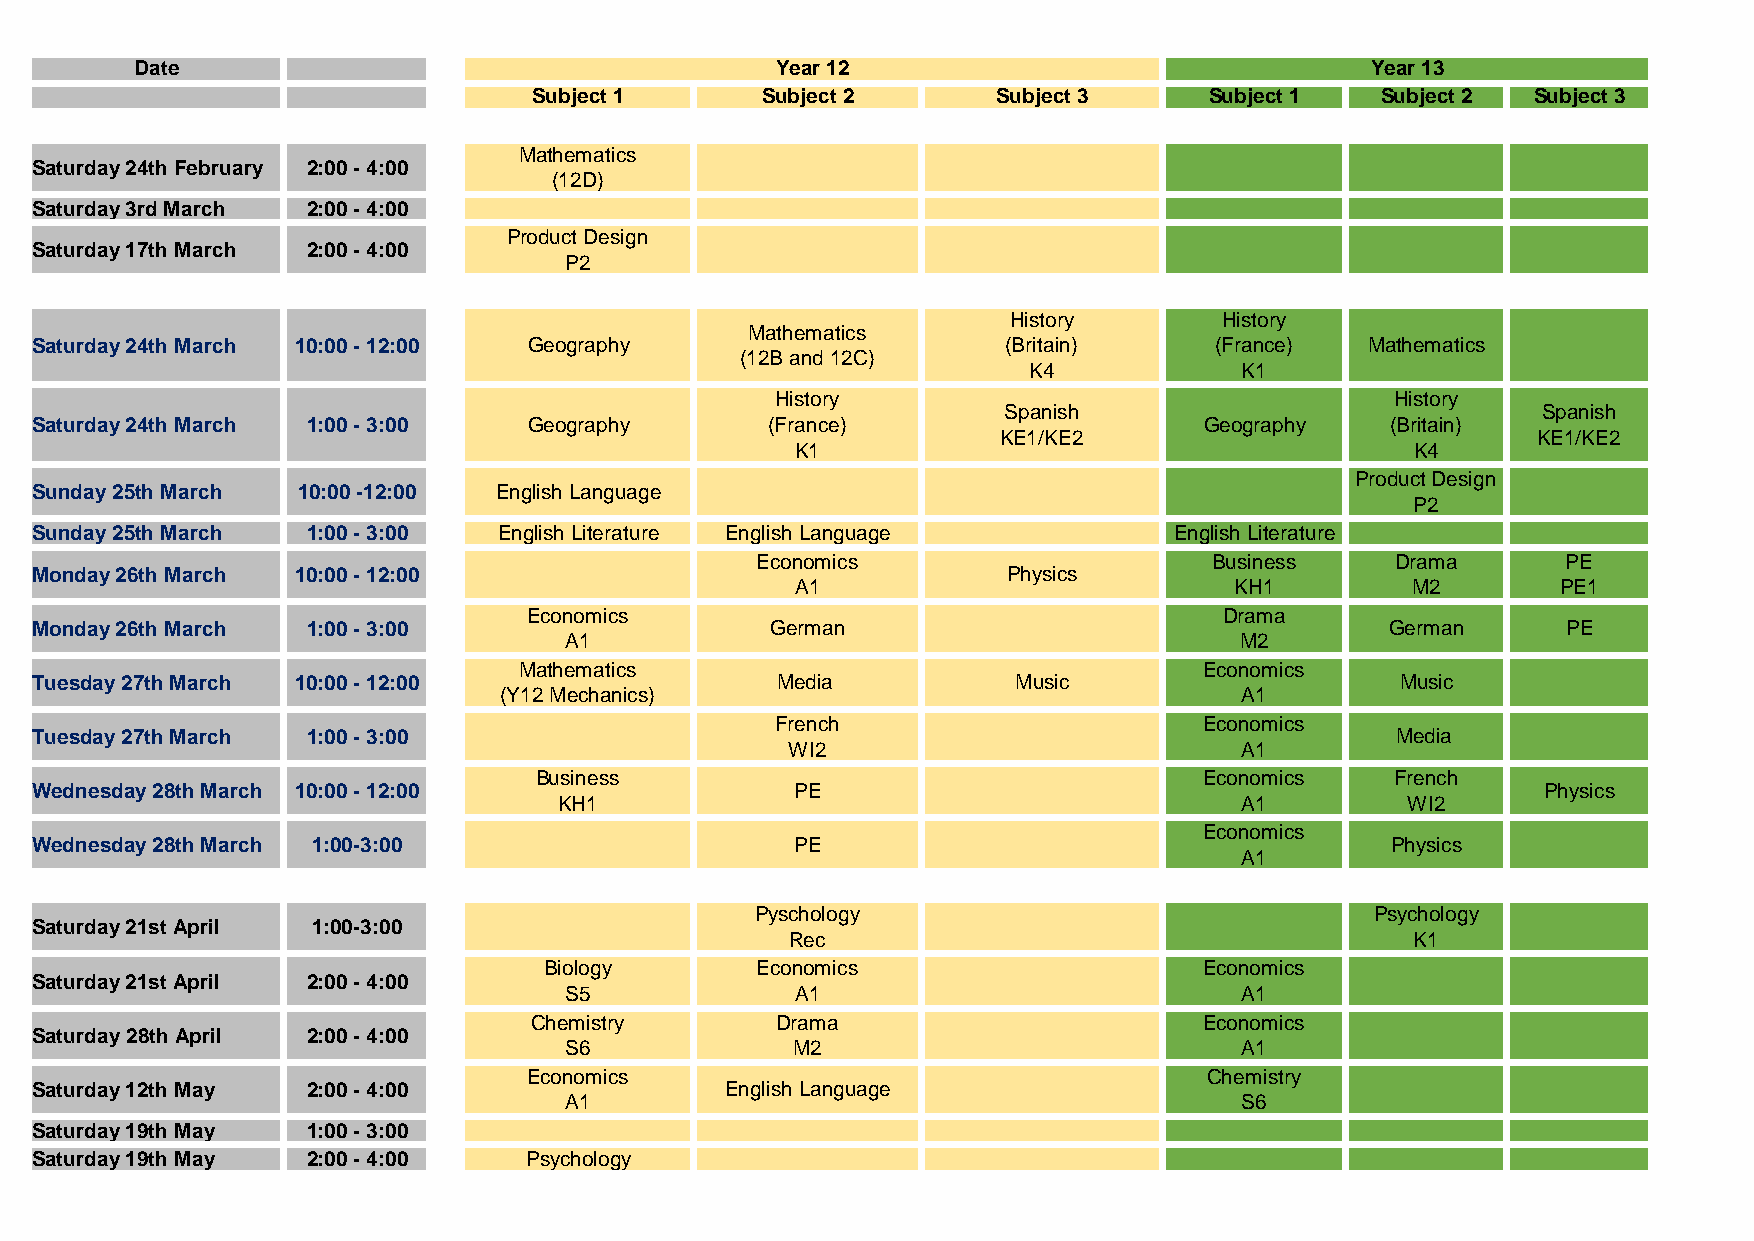
Date                                      Year 12                                 Year 13
 Subject 1      Subject 2       Subject 3     Subject 1  Subject 2  Subject 3
 Mathematics
 Saturday 24th February 2:00 - 4:00
 (12D)
 Saturday 3rd March 2:00 - 4:00
 Product Design
 Saturday 17th March 2:00 - 4:00
 P2
 History       History
 Mathematics
 Saturday 24th March 10:00 - 12:00 Geography                      (Britain)    (France)   Mathematics
 (12B and 12C)
 K4            K1
 History                                  History
 Spanish                             Spanish
 Saturday 24th March 1:00 - 3:00  Geography       (France)                     Geography   (Britain)
 KE1/KE2                             KE1/KE2
 K1                                       K4
 Product Design
 Sunday 25th March 10:00 -12:00 English Language
 P2
 Sunday 25th March 1:00 - 3:00  English Literature English Language          English Literature
 Economics                     Business    Drama       PE
 Monday 26th March 10:00 - 12:00                                  Physics
 A1                           KH1        M2        PE1
 Economics                                     Drama
 Monday 26th March 1:00 - 3:00                    German                                   German      PE
 A1                                           M2
 Mathematics                                   Economics
 Tuesday 27th March 10:00 - 12:00                 Media           Music                     Music
 (Y12 Mechanics)                                  A1
 French                       Economics
 Tuesday 27th March 1:00 - 3:00                                                            Media
 WI2                           A1
 Business                                     Economics   French
 Wednesday 28th March 10:00 - 12:00                 PE                                               Physics
 KH1                                          A1         WI2
 Economics
 Wednesday 28th March 1:00-3:00                     PE                                     Physics
 A1
 Pyschology                               Psychology
 Saturday 21st April 1:00-3:00
 Rec                                       K1
 Biology       Economics                     Economics
 Saturday 21st April 2:00 - 4:00
 S5              A1                           A1
 Chemistry       Drama                        Economics
 Saturday 28th April 2:00 - 4:00
 S6             M2                            A1
 Economics                                    Chemistry
 Saturday 12th May 2:00 - 4:00                 English Language
 A1                                           S6
 Saturday 19th May 1:00 - 3:00
 Saturday 19th May 2:00 - 4:00    Psychology